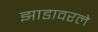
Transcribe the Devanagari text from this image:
झाडावरले